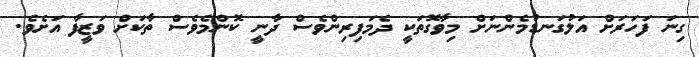
ގިނަ ފަހަރަށް އަލުގަނޑުމެންނަށް މިވާގޮތަކީ ދެމަފިރިންވެސް ދާނީ ކޮންމެވެސް ތާކަށް ވަޒީފާ އަށެވެ.